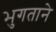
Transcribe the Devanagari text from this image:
भुगताने